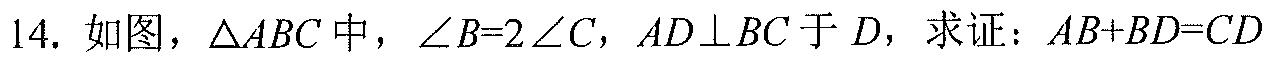
14. 如图，\(\triangle ABC\)中，\(\angle B = 2\angle C\)，\(AD\perp BC\)于\(D\)，求证：\(AB + BD = CD\)